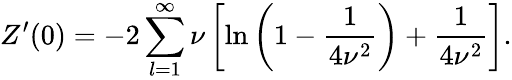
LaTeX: Z^{\prime}(0)=-2\sum_{l=1}^{\infty}\nu\left[\ln\left(1-\frac{1}{4\nu^{2}}\right)+\frac{1}{4\nu^{2}}\right]{.}